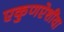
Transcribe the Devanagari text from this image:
एकुणऐशींवा